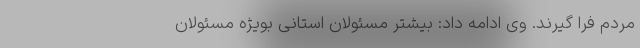
مردم فرا گیرند. وی ادامه داد: بیشتر مسئولان استانی بویژه مسئولان